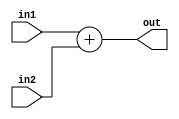
module adder #(parameter data_width=32) (
    input[data_width-1:0] in1,
    input[data_width-1:0] in2,
        output[data_width-1:0] out);

    assign out = in1 + in2;

endmodule